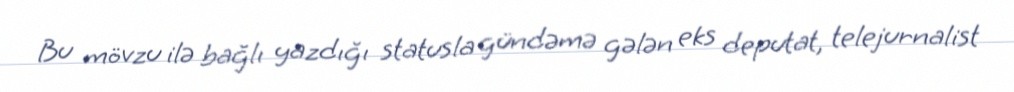
Bu mövzu ilə bağlı yazdığı statusla gündəmə gələn eks deputat, telejurnalist